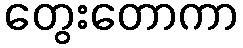
တွေးတောကာ